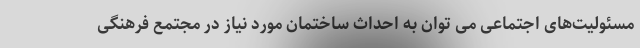
مسئولیت‌های اجتماعی می توان به احداث ساختمان مورد نیاز در مجتمع فرهنگی